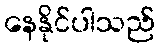
နေနိုင်ပါသည်